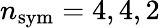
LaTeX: n_{\mathrm{sym}}=4,4,2